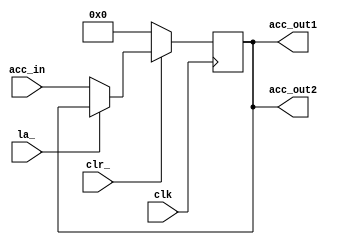
// This program was cloned from: https://github.com/tangxifan/micro_benchmark
// License: MIT License

module ACC(
	output [7:0] acc_out1,
	output [7:0] acc_out2,
	input [7:0] acc_in,
	input la_,
	input clk,
	input clr_
	);
	
	reg [7:0] q;
	
	always @(posedge clk)
		if (~clr_) q <= 8'b0;
		else if(~la_) q <= acc_in;	
	
	assign acc_out1 = q;
	assign acc_out2 = q;
	
endmodule